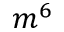
m ^ { 6 }